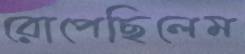
রোপেছিলেম